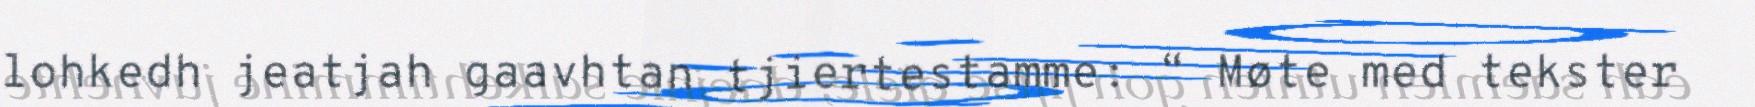
lohkedh jeatjah gaavhtan tjiertestamme: “ Møte med tekster